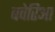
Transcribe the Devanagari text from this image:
बवेरिआ